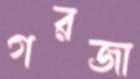
গরজা